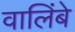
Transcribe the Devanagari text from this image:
वालिंबे